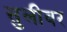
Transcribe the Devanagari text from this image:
सुलीवर